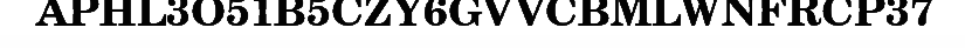
APHL3O51B5CZY6GVVCBMLWNFRCP37